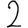
Digit: 2